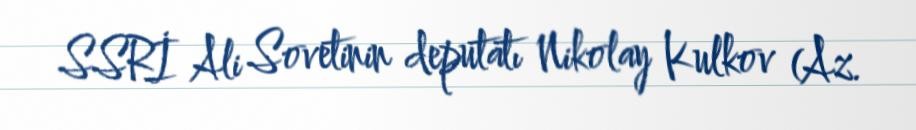
SSRİ Ali Sovetinin deputatı Nikolay Kulkov (Az.